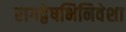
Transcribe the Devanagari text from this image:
रागद्वेषभिनिवेशा